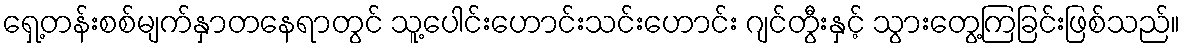
ရှေ့တန်းစစ်မျက်နှာတနေရာတွင် သူ့ပေါင်းဟောင်းသင်းဟောင်း ဂျင်တွီးနှင့် သွားတွေ့ကြခြင်းဖြစ်သည်။